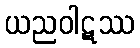
ယညဝါဋဿ